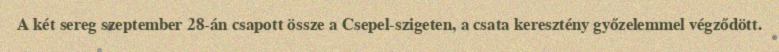
A két sereg szeptember 28-án csapott össze a Csepel-szigeten, a csata keresztény győzelemmel végződött.